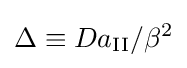
\Delta \equiv Da_{\mathrm {II} }/\beta ^{2}